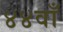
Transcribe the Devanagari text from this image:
४४वाँ